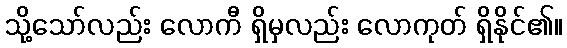
သို့သော်လည်း လောကီ ရှိမှလည်း လောကုတ် ရှိနိုင်၏။